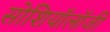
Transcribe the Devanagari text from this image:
सोशियॉलॉजी